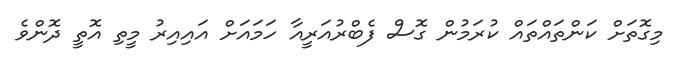
މިގޮތަށް ކަންތައްތައް ކުރަމުން ގޮސް ފެބްރުއަރީއާ ހަމައަށް އައިއިރު މީތި އޮތީ ދޮންވެ